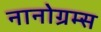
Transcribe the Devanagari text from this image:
नानोग्रम्स